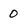
Character: O